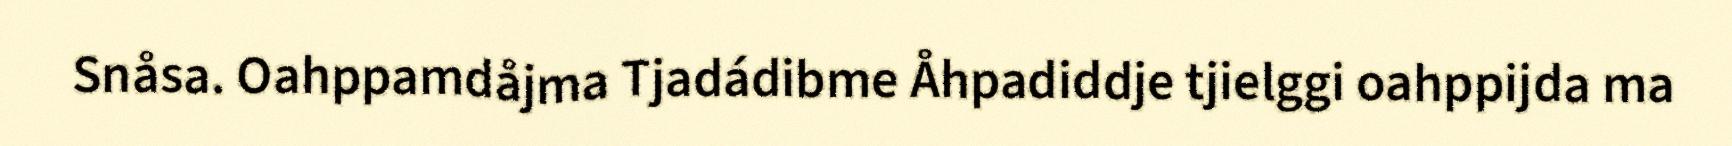
Snåsa. Oahppamdåjma Tjadádibme Åhpadiddje tjielggi oahppijda ma